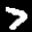
Label: 7